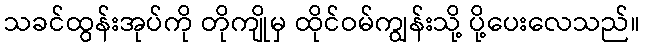
သခင်ထွန်းအုပ်ကို တိုကျိုမှ ထိုင်ဝမ်ကျွန်းသို့ ပို့ပေးလေသည်။